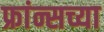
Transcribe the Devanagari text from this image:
फ्रांन्सच्या